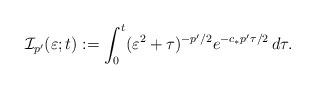
LaTeX: \begin{align*}\mathcal{I}_{p'}(\varepsilon ; t):=\int _0^t(\varepsilon ^2 +\tau)^{-p'/2}e^{-c_{*}p'\tau /2}\,d\tau.\end{align*}